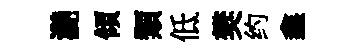
灔傾類低樊约鑫